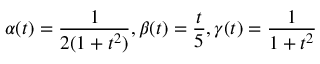
\alpha ( t ) = \frac { 1 } { 2 ( 1 + t ^ { 2 } ) } , \beta ( t ) = \frac { t } { 5 } , \gamma ( t ) = \frac { 1 } { 1 + t ^ { 2 } }